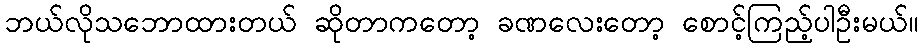
ဘယ်လိုသဘောထားတယ် ဆိုတာကတော့ ခဏလေးတော့ စောင့်ကြည့်ပါဦးမယ်။